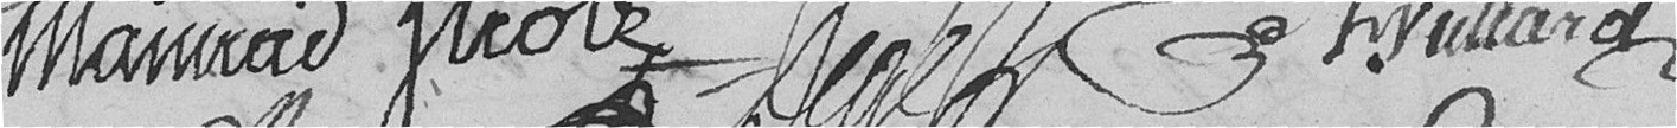
Mainrad Strolz Degé Chevillard